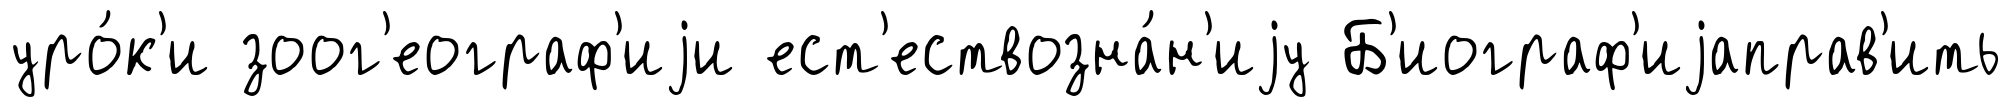
уро́к'и зоог'еограф'иjи ест'ествозна́н'иjу Б'иограф'иjаправ'ить